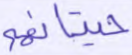
حيتانهم